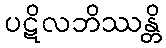
ပဋိလဘိဿန္တိ